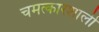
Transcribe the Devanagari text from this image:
चमत्कारशाली